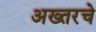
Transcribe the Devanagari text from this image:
अख्तरचे